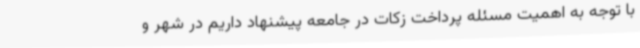
با توجه به اهمیت مسئله پرداخت زکات در جامعه پیشنهاد داریم در شهر و